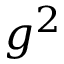
g ^ { 2 }